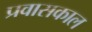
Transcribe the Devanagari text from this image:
प्रवासकाल